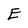
Character: E